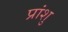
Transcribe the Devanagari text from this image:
प्रांशु